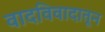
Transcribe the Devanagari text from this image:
वादविवादातून